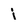
Character: j